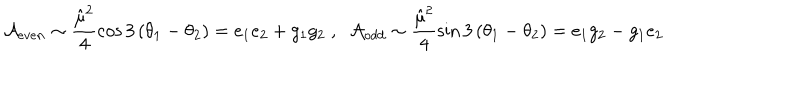
{ \cal A } _ { e v e n } \sim \frac { { \hat { \mu } } ^ { 2 } } 4 \cos 3 \left( \theta _ { 1 } - \theta _ { 2 } \right) = e _ { 1 } e _ { 2 } + g _ { 1 } g _ { 2 } \; , \; \; { \cal A } _ { o d d } \sim \frac { { \hat { \mu } } ^ { 2 } } 4 \sin 3 \left( \theta _ { 1 } - \theta _ { 2 } \right) = e _ { 1 } g _ { 2 } - g _ { 1 } e _ { 2 }